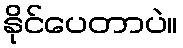
နိုင်ပေတာပဲ။